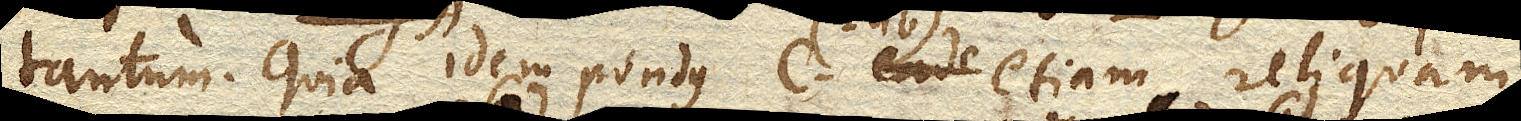
tantum. Quia idem pondusc. (2 lib.) etiam reliquam